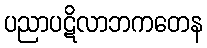
ပညာပဋိလာဘကတေန